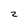
Character: 2